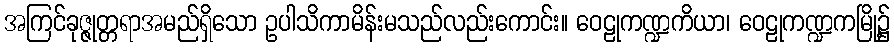
အကြင်ခုဇ္ဇုတ္တရာအမည်ရှိသော ဥပါသိကာမိန်းမသည်လည်းကောင်း။ ဝေဠုကဏ္ဍကိယာ၊ ဝေဠုကဏ္ဍကမြို့၌